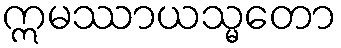
ဣမဿာယသ္မတော